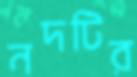
নদটির